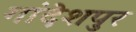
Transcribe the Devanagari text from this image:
गांदेशपुर